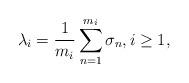
LaTeX: \begin{align*}\lambda_i = \frac{1}{m_i} \sum_{n=1}^{m_i} \sigma_n, i \geq 1,\end{align*}